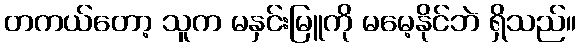
တကယ်တော့ သူက မနှင်းမြူကို မမေ့နိုင်ဘဲ ရှိသည်။